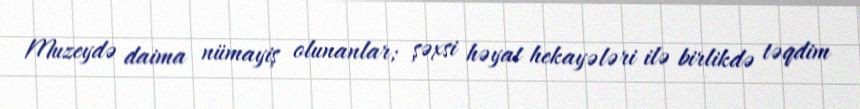
Muzeydə daima nümayiş olunanlar; şəxsi həyat hekayələri ilə birlikdə təqdim